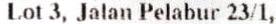
LOT 3, JALAN PELABUR 23/1,